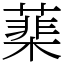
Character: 䕁